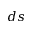
d s